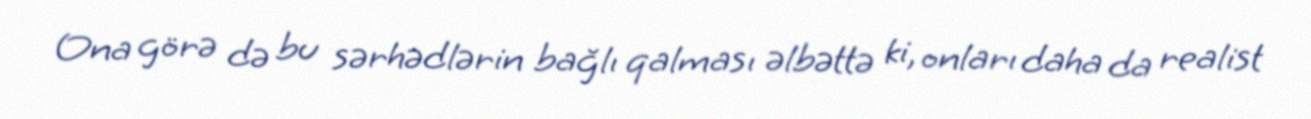
Ona görə də bu sərhədlərin bağlı qalması əlbəttə ki, onları daha da realist